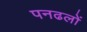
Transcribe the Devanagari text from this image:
पनढलों